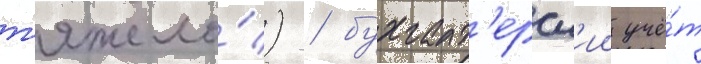
т'яжело́) / бухгалт'ерск'ии учё́т